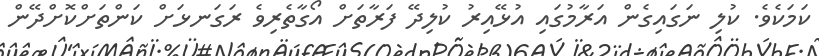
ކަމަކެވެ. ކުލި ނަގައިގެން އަރާމުގައި އުޅޭއިރު ކުލިދޭ ފަރާތަށް އޯގާތެރިވެ ރަގަނޅަށް ކަންތަށްކޮށްދޭން